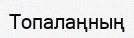
Топалаңның